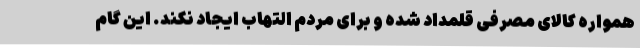
همواره کالای مصرفی قلمداد شده و برای مردم التهاب ایجاد نکند. این گام